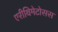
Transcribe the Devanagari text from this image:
एरीथिमेटोसस